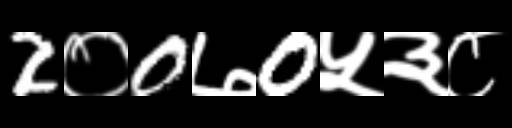
Text: 2०0७0५३८